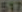
517